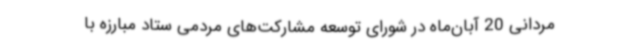
مردانی 20 آبان‌ماه در شورای توسعه مشارکت‌های مردمی ستاد مبارزه با